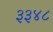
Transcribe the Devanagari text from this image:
३३४८